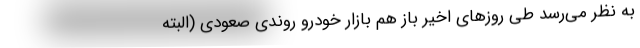
به نظر می‌رسد طی روزهای اخیر باز هم بازار خودرو روندی صعودی (البته